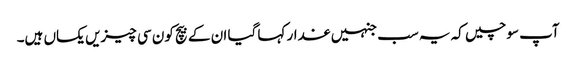
آپ سوچیں کہ یہ سب جنہیں غدار کہا گیا ان کے بیچ کون سی چیزیں یکساں ہیں۔